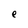
Character: e